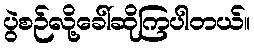
ပွဲစဉ်လို့ခေါ်ဆိုကြပါတယ်။